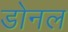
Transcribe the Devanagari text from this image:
डोनल